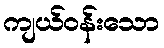
ကျယ်ဝန်းသော